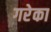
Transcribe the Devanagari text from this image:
गरेका